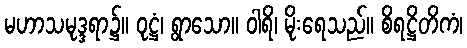
မဟာသမုဒ္ဒရာ၌။ ဝုဋ္ဌံ၊ ရွာသော။ ဝါရိ၊ မိုးရေသည်။ စိရဋ္ဌိတိကံ၊